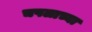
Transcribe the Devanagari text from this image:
चपलाच्या